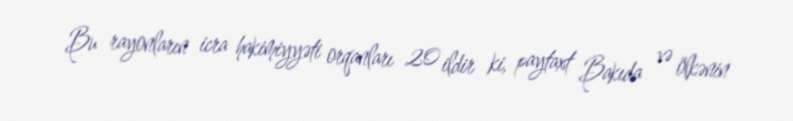
Bu rayonların icra hakimiyyəti orqanları 20 ildir ki, paytaxt Bakıda və ölkənin